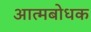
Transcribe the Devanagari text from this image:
आत्मबोधक